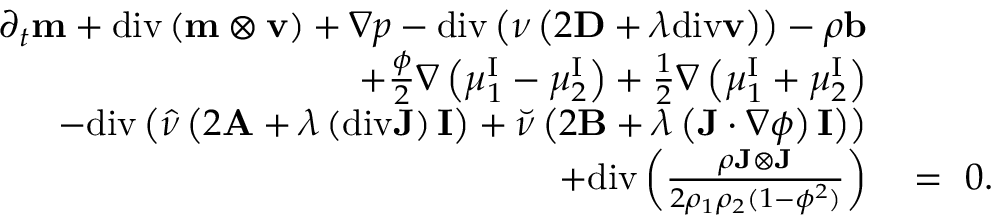
\begin{array} { r l } { \partial _ { t } \mathbf { m } + \mathrm { d i v } \left( \mathbf { m } \otimes \mathbf { v } \right) + \nabla p - \mathrm { d i v } \left( \nu \left( 2 \mathbf { D } + \lambda \mathrm { d i v } \mathbf { v } \right) \right) - \rho \mathbf { b } } & { { } } \\ { + \frac { \phi } { 2 } \nabla \left( \mu _ { 1 } ^ { \mathrm { I } } - \mu _ { 2 } ^ { \mathrm { I } } \right) + \frac { 1 } { 2 } \nabla \left( \mu _ { 1 } ^ { \mathrm { I } } + \mu _ { 2 } ^ { \mathrm { I } } \right) } & { { } } \\ { - \mathrm { d i v } \left( \hat { \nu } \left( 2 \mathbf { A } + \lambda \left( \mathrm { d i v } \mathbf { J } \right) \mathbf { I } \right) + \breve { \nu } \left( 2 \mathbf { B } + \lambda \left( \mathbf { J } \cdot \nabla \phi \right) \mathbf { I } \right) \right) } & { { } } \\ { + \mathrm { d i v } \left( \frac { \rho \mathbf { J } \otimes \mathbf { J } } { 2 \rho _ { 1 } \rho _ { 2 } ( 1 - \phi ^ { 2 } ) } \right) } & { { } = ~ 0 . } \end{array}